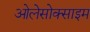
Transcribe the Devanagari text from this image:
ओलेसोक्साइम